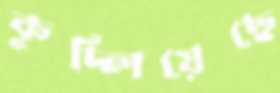
কুদ্‌লিয়েছে